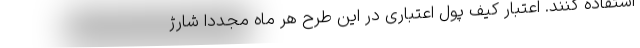
استفاده کنند. اعتبار کیف پول اعتباری در این طرح هر ماه مجددا شارژ